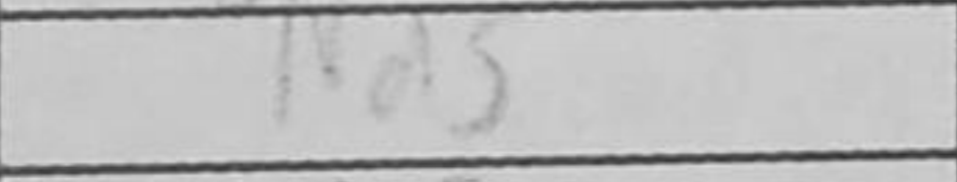
Transcription: Nd5